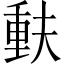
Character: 𫯳